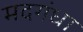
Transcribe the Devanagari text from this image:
मदगंधा